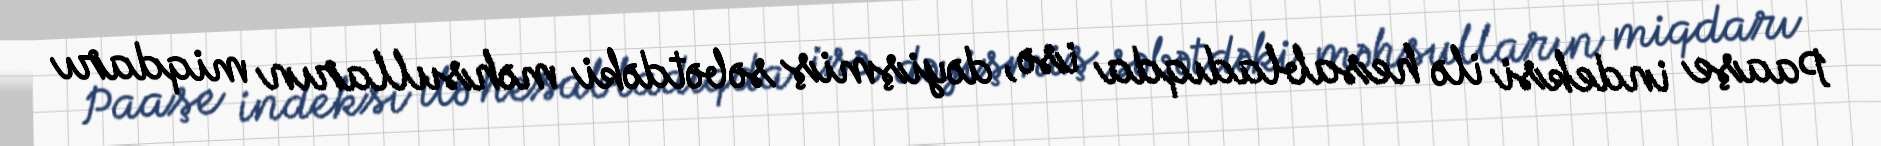
Paaşe indeksi ilə hesabladıqda isə, dəyişmiş səbətdəki məhsulların miqdarı